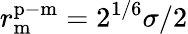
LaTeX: r_{\mathrm{m}}^{\mathrm{p-m}}=2^{1/6}\sigma/2